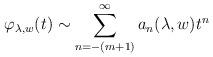
LaTeX: \begin{align*} \varphi_{\lambda,w}(t) \sim \sum_{n=-(m+1)}^\infty a_n(\lambda,w) t^n\end{align*}